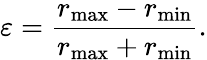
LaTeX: \varepsilon={\frac{r_{\operatorname*{max}}-r_{\operatorname*{min}}}{r_{\operatorname*{max}}+r_{\operatorname*{min}}}}.